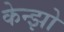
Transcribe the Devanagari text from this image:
केन्झो